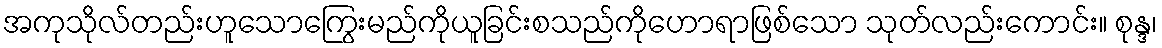
အကုသိုလ်တည်းဟူသောကြွေးမည်ကိုယူခြင်းစသည်ကိုဟောရာဖြစ်သော သုတ်လည်းကောင်း။ စုန္ဒ၊